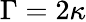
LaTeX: \Gamma=2\kappa